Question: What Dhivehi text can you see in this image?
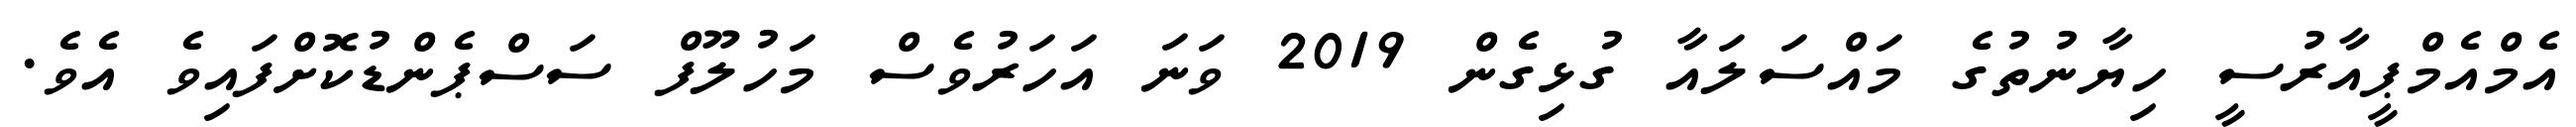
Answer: އެމްއެމްޕީއާރުސީ ހިޔާނުތުގެ މައްސަލައާ ގުޅިގެން 2019 ވަނަ އަހަރުވެސް މަހުލޫފް ސަސްޕެންޑުކޮށްފައިވެ އެވެ.